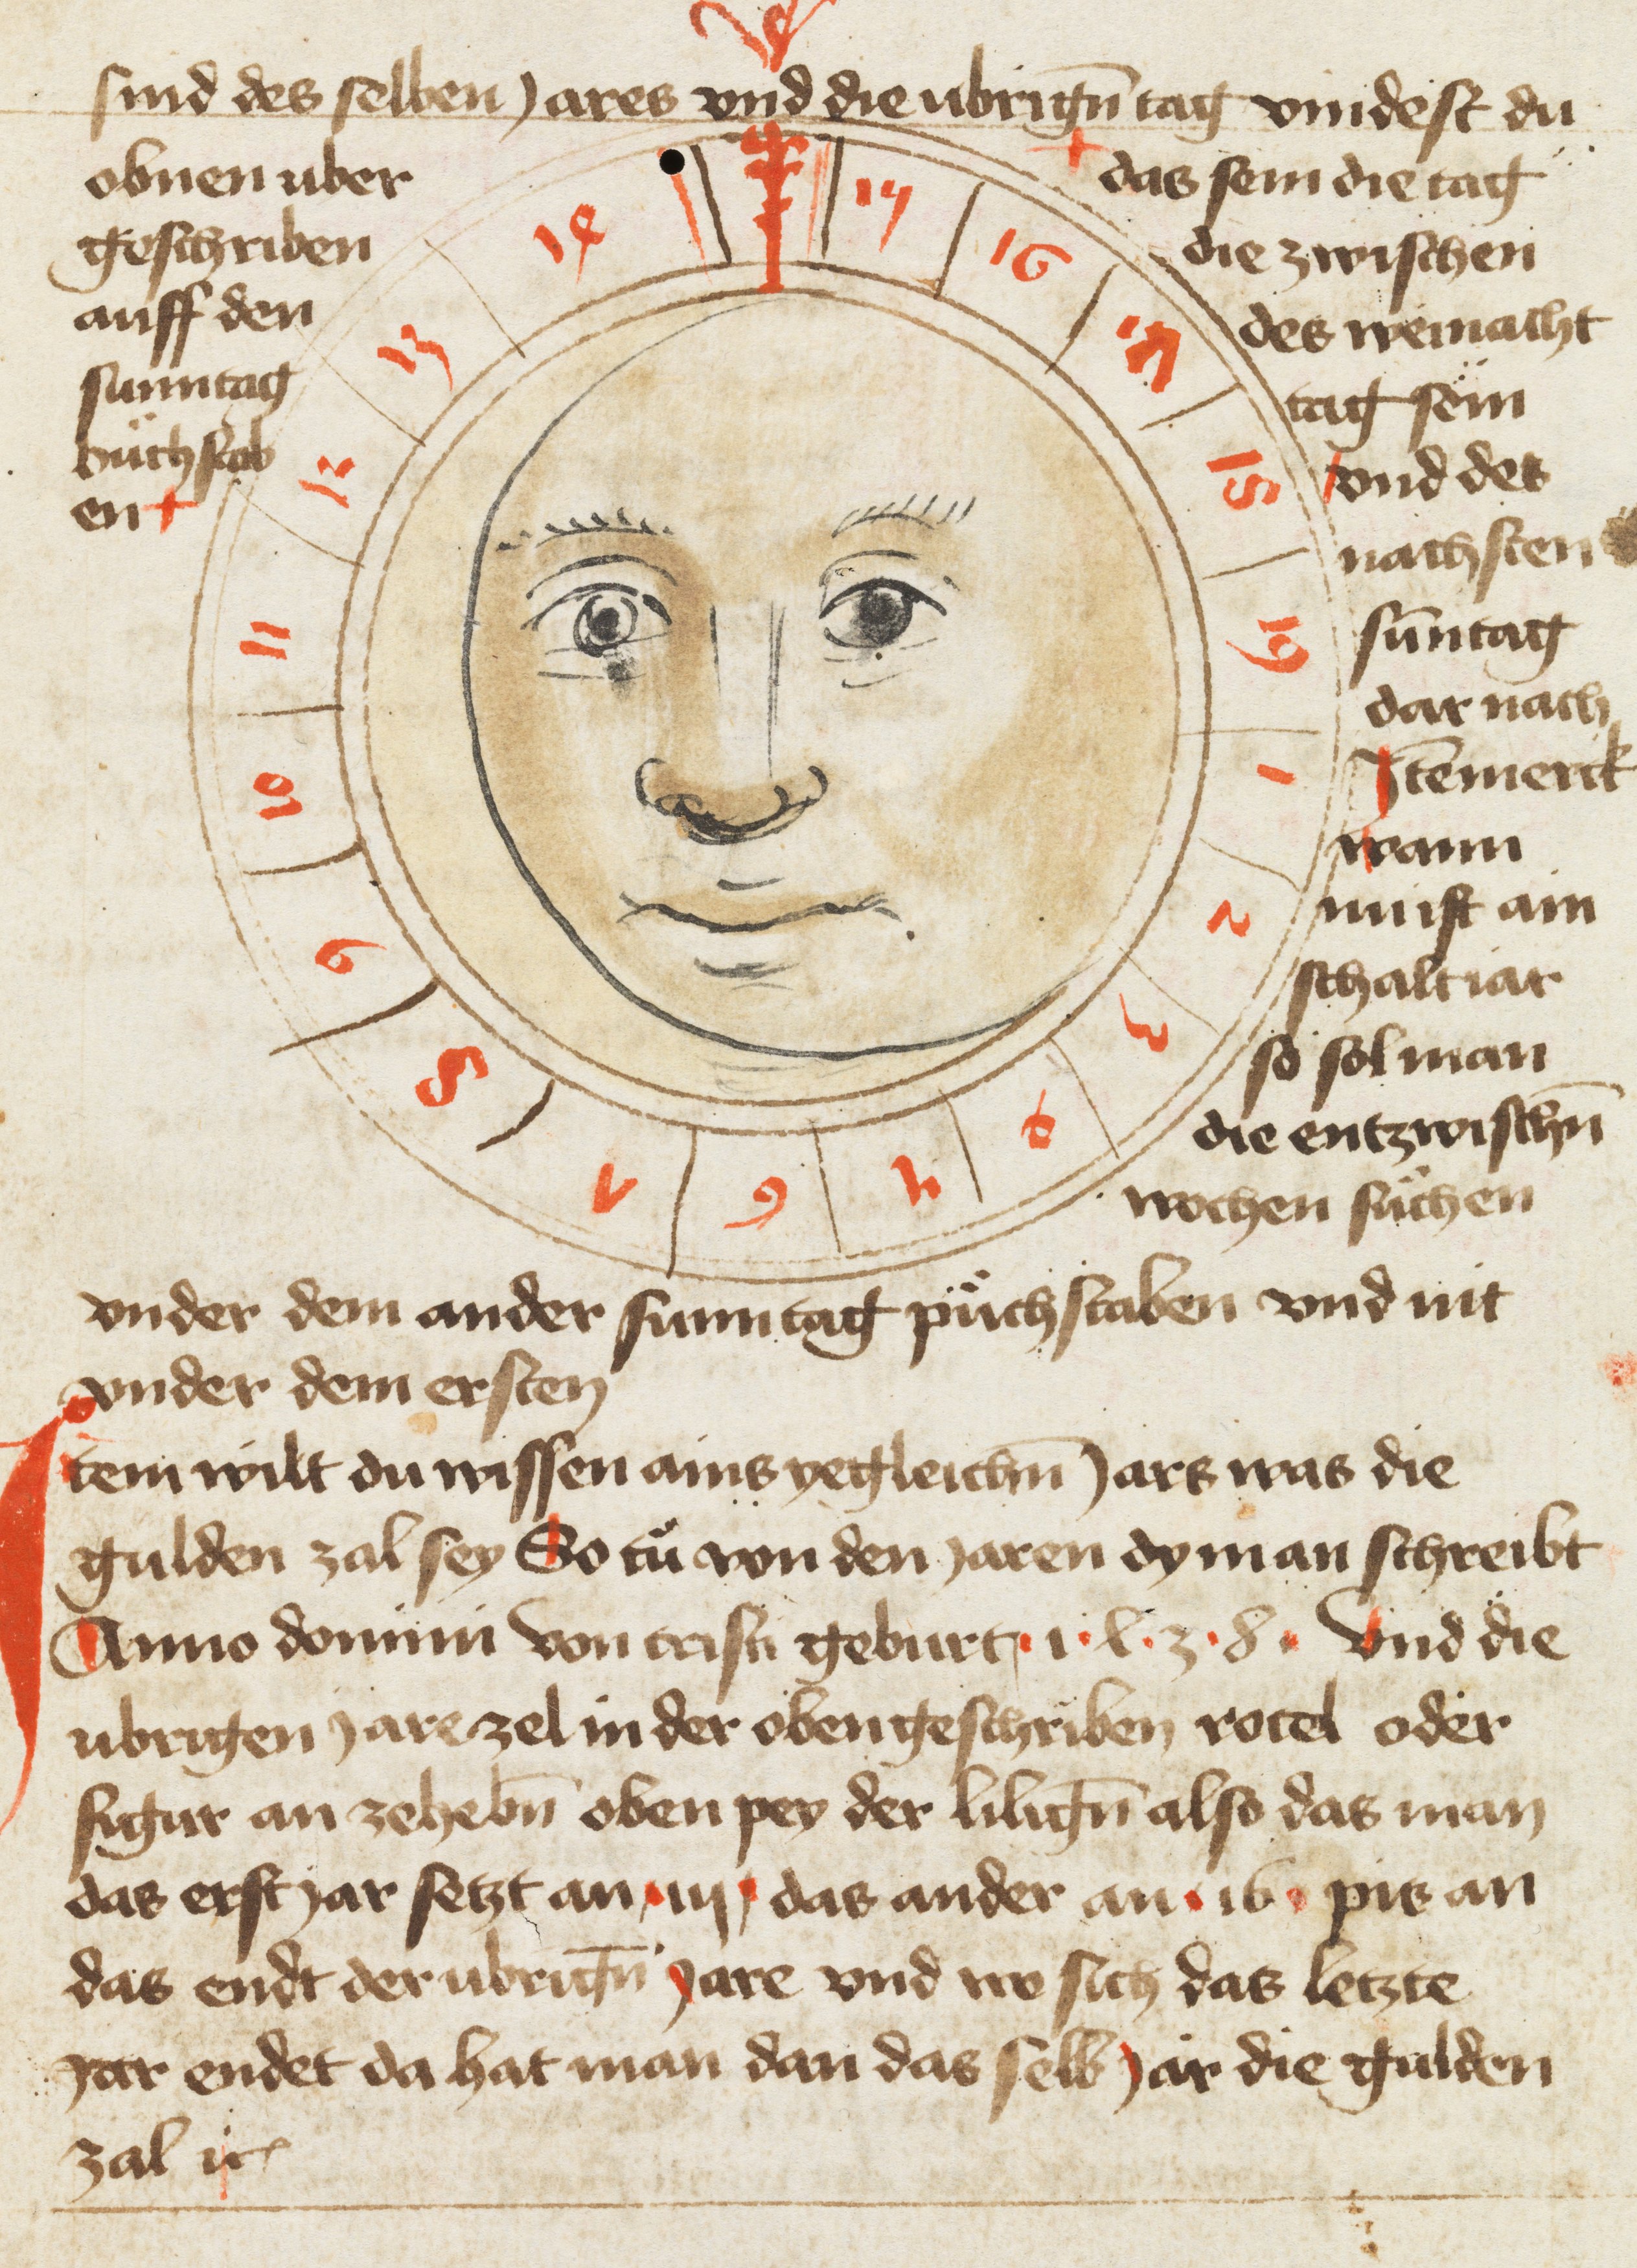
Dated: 1400–1499